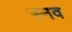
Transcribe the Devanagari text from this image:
स्नव